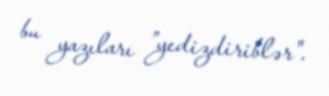
bu yazıları ”yedizdiriblər".